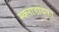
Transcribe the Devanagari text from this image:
स्क्लाडोवका